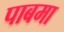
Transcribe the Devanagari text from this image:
पाबमा